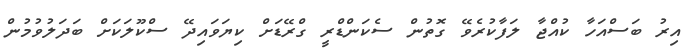
އިރު ބަސްއަހާ ކުއްޖާ ލަފާކުރެވޭ ގޮތުން ސެކަންޑްރީ ގްރޭޑަށް ކިޔަވައިދޭ ސްކޫލަކަށް ބަދަލުވުމުން